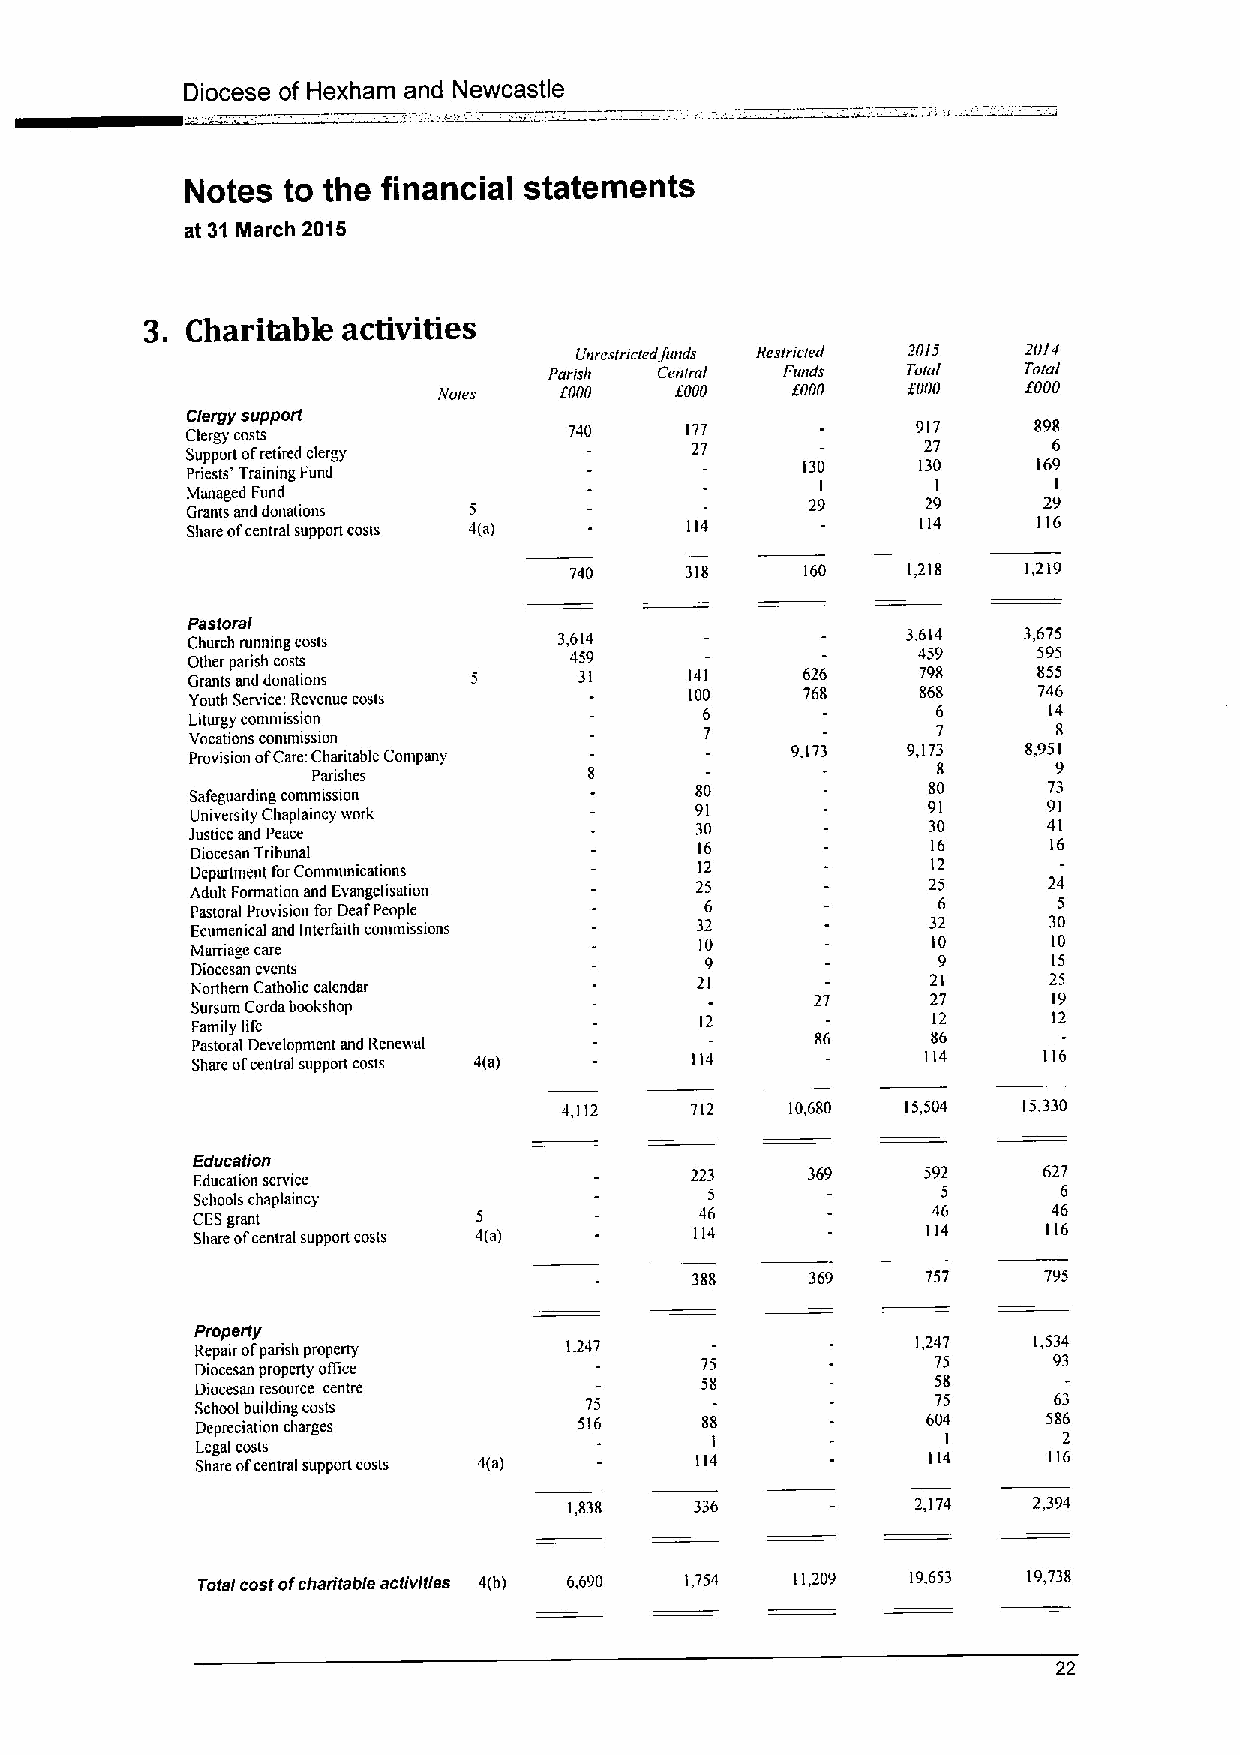
Diocese of Hexham and Newcastle
 Notes  to the financial statements
 at 31 March 2015
 3. Charitabk activities
 Unrestricted fitnds Restarted 2015 2014
 Paosh   Central Flltlds Total   7btal
 tVotes  Enon    form   Eorm    form    form
 Clergy support
 Clergy costs              740    177             917    898
 Support ofretired clerg)          27             27       6
 130     130     169
 Priests' Training Fund
 Managed Fund                                      I       I
 29     29      29
 Grants and donations 5
 Share ofcentral support costs 4(a) 114           114     116
 740    318     160    1,218   1,219
 Pastoral
 Church running costs     3,614                  3,614   3,675
 Other parish costs        459                    459     595
 Grants and donahons       31      141    626     798     855
 Youth Service: Revenue costs     100    768     868     746
 Liturgy commission                6              6      14
 Vocations commission              7              7       8
 Provision ofCare Charitable Company    9.173   9,173   8,951
 8       9
 Panshes
 Safeguarding commission          80             80      73
 University Chaplaincy ivork      91             91      91
 Jushce and Peace                 30             30      41
 Diocesan Tribunal                16              16      16
 DepaAment forCommunications      12              12
 Adult Formation and Evangelisation 25           25      24
 Pastoral Provision for DeafPeople 6              6       5
 Ecumenical and Interfaith commissions 32         32     30
 Mamagc care                      10              10      10
 9              9       15
 Diocesan events
 Northern Catholic calendar       21              21     25
 27      27      19
 Sursum Corda bookshop
 Family life                      12              12      12
 Pastoral Development and Renewal         86      86
 Share ofcentral support costs 4(a) 114          114     116
 4,112    712   10,680  15,504  15,330
 Education
 Education service                223    369     592     627
 Schools chaplaincy                5              5       6
 CESgrant           5             46              46      46
 Share ofcentral support costs 4(a) 114          114     116
 388     369    757     795
 Property
 Repair ofparish property 1,247                  1,247  1,534
 Diocesan property office         75              75      93
 Diocesan resource centre         58              58
 School building costs     75                     75      63
 Depreciation charges     516     88             604     586
 Legal coals                       I               I      2
 Share ofcentral suppon costs 4(a) 114           114     116
 1,838   336            2,174  2,394
 Tofal costofchan'table activities 4(b) 6,690 1,754 11,209 19,653 19,738
 22